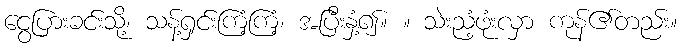
ငွေပြားခင်းသို့၊ သန့်ရှင်းကြံ့ကြံ့၊ အပြီးနှံ့၍။ ။ သဲးညံ့ဖုံးလှာ ကုန်၏တည်း။